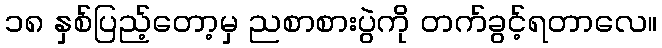
၁၈ နှစ်ပြည့်တော့မှ ညစာစားပွဲကို တက်ခွင့်ရတာလေ။